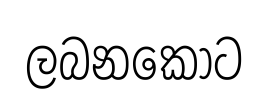
ලබනකොට